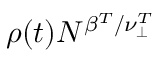
\rho ( t ) N ^ { \beta ^ { T } / \nu _ { \perp } ^ { T } }